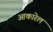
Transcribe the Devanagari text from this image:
आकारेल